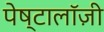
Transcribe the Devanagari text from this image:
पेष्टालॉज़ी